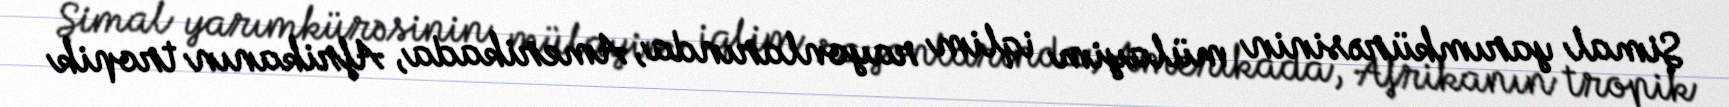
Şimal yarımkürəsinin mülayim iqlim rayonlarında, Amerikada, Afrikanın tropik